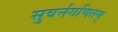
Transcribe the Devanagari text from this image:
सुवर्नगणितम्